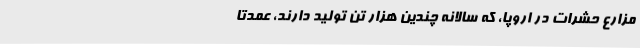
مزارع حشرات در اروپا، که سالانه چندین هزار تُن تولید دارند، عمدتا